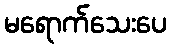
မရောက်သေးပေ